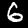
Label: 6